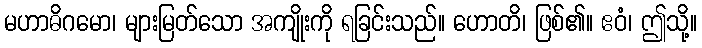
မဟာဓိဂမော၊ များမြတ်သော အကျိုးကို ရခြင်းသည်။ ဟောတိ၊ ဖြစ်၏။ ဧဝံ၊ ဤသို့။